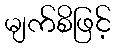
မျက်စိဖြင့်